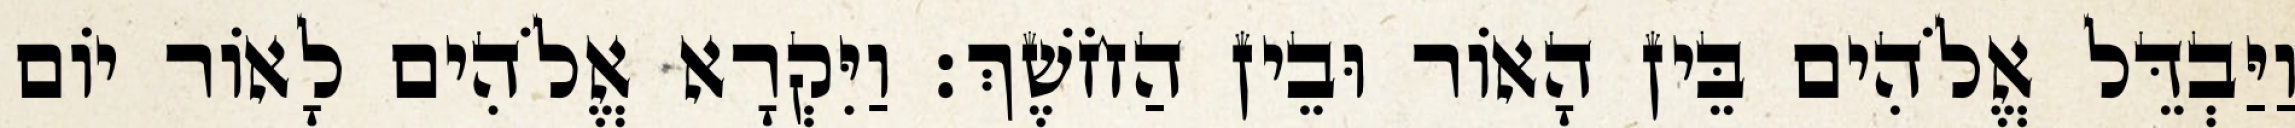
וַיַּבְדֵּל אֱלֹהִים בֵּין הָאֹור וּבֵין הַחֹשֶׁךְ׃ וַיִּקְרָא אֱלֹהִים לָאֹור יֹום